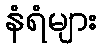
နံရံများ